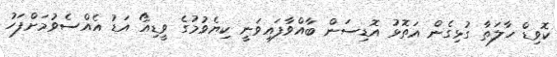
ކޮވިޑް ހާލަތާ ގުޅިގެން އަތޮޅު އޮޑިސަން ބާއްވާފައިވަނީ ކިޔެވުމުގެ ވީޑިއޯ އަޑު އެއްސެވުމަށްފަހު